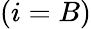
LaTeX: (i=B)